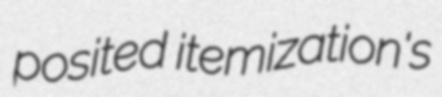
posited itemization's